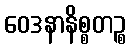
ဝေဒနာနိစ္စတဉ္စ